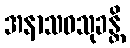
အနာသဝသုခန္တိ